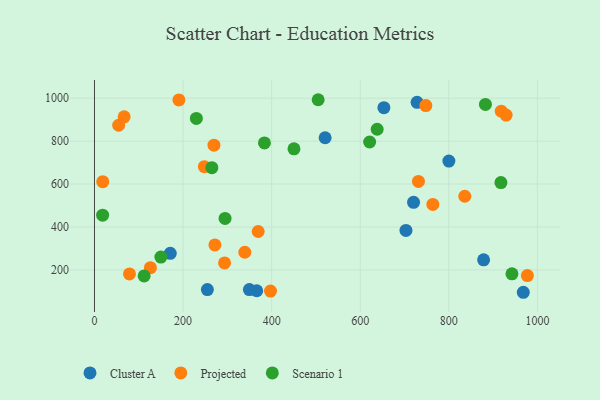
{"axis": {"x": "Distance", "y": "Demand"}, "legend": ["Cluster A", "Projected", "Scenario 1"], "data": [{"x": "366.3", "y": 103.1, "type": "Cluster A"}, {"x": "703.2", "y": 384.1, "type": "Cluster A"}, {"x": "728.3", "y": 980.7, "type": "Cluster A"}, {"x": "653.4", "y": 955.9, "type": "Cluster A"}, {"x": "720.3", "y": 515.0, "type": "Cluster A"}, {"x": "520.7", "y": 815.6, "type": "Cluster A"}, {"x": "878.5", "y": 247.1, "type": "Cluster A"}, {"x": "968.1", "y": 95.9, "type": "Cluster A"}, {"x": "254.9", "y": 108.6, "type": "Cluster A"}, {"x": "349.7", "y": 108.3, "type": "Cluster A"}, {"x": "171.1", "y": 277.5, "type": "Cluster A"}, {"x": "800.1", "y": 706.8, "type": "Cluster A"}, {"x": "836.0", "y": 543.1, "type": "Projected"}, {"x": "369.6", "y": 379.1, "type": "Projected"}, {"x": "929.3", "y": 921.2, "type": "Projected"}, {"x": "918.3", "y": 939.3, "type": "Projected"}, {"x": "293.7", "y": 232.5, "type": "Projected"}, {"x": "397.4", "y": 101.3, "type": "Projected"}, {"x": "126.3", "y": 210.3, "type": "Projected"}, {"x": "18.7", "y": 611.2, "type": "Projected"}, {"x": "977.3", "y": 173.6, "type": "Projected"}, {"x": "54.6", "y": 874.0, "type": "Projected"}, {"x": "731.4", "y": 612.1, "type": "Projected"}, {"x": "79.0", "y": 181.2, "type": "Projected"}, {"x": "763.9", "y": 505.2, "type": "Projected"}, {"x": "67.0", "y": 913.2, "type": "Projected"}, {"x": "748.1", "y": 965.7, "type": "Projected"}, {"x": "248.1", "y": 680.8, "type": "Projected"}, {"x": "190.6", "y": 992.0, "type": "Projected"}, {"x": "269.8", "y": 780.9, "type": "Projected"}, {"x": "271.9", "y": 316.6, "type": "Projected"}, {"x": "339.4", "y": 282.3, "type": "Projected"}, {"x": "383.7", "y": 791.5, "type": "Scenario 1"}, {"x": "18.4", "y": 455.1, "type": "Scenario 1"}, {"x": "621.2", "y": 795.9, "type": "Scenario 1"}, {"x": "450.4", "y": 764.0, "type": "Scenario 1"}, {"x": "230.0", "y": 905.8, "type": "Scenario 1"}, {"x": "917.6", "y": 607.1, "type": "Scenario 1"}, {"x": "882.6", "y": 970.9, "type": "Scenario 1"}, {"x": "638.2", "y": 855.2, "type": "Scenario 1"}, {"x": "112.1", "y": 172.0, "type": "Scenario 1"}, {"x": "265.0", "y": 676.5, "type": "Scenario 1"}, {"x": "149.9", "y": 259.9, "type": "Scenario 1"}, {"x": "294.8", "y": 439.8, "type": "Scenario 1"}, {"x": "505.0", "y": 992.8, "type": "Scenario 1"}, {"x": "942.5", "y": 182.0, "type": "Scenario 1"}]}